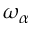
\omega _ { \alpha }